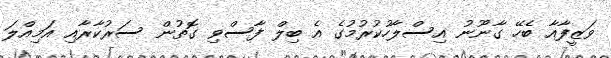
ވަޒީފާއާ ބެހޭ ގާނޫނު އިސްލާހުކުރުމުގެ އެ ބިލް ފާސްވި ގޮތުން ސަރުކާރާއި އަމިއްލަ